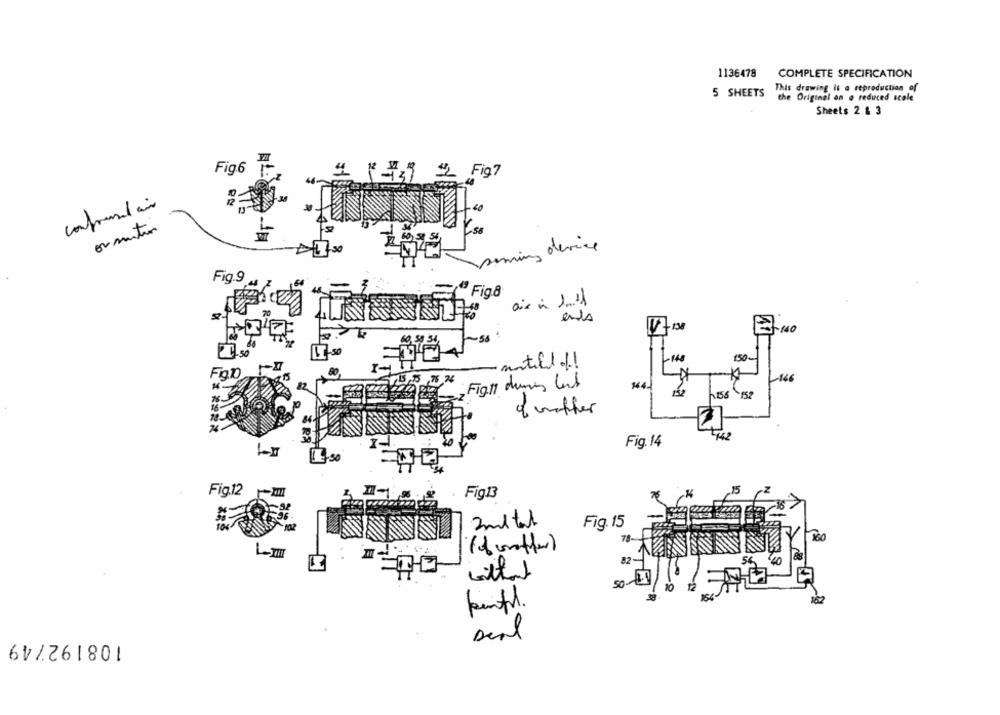
1136478 COMPLETE SPECIFICATION
5 SHEETS
This drawing is a reproduction of
the Original on a reduced scale
Sheets 2 & 3
Fig.6
1 1 -139 2FiQ7
confusedair
.60
-58
Deming device
Fig.9
Fig8
ents
-58
1.50
150
matill of !
Fiat
-146
Fig.11 dumans lust
144.
156
-152
of mother
Fig. 14
1.50
Fig.12
Fig13
2metal
Fig. 15
18-
( forother)
82-
50-
painful.
108192749
Deal